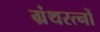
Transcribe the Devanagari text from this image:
ग्रंथरत्नों